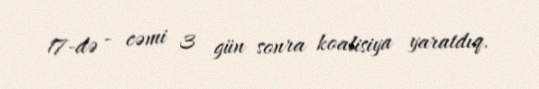
17-də - cəmi 3 gün sonra koalisiya yaratdıq.